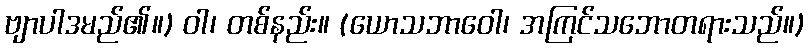
ဗျာပါဒမည်၏။) ဝါ၊ တစ်နည်း။ (ယောသဘာဝေါ၊ အကြင်သဘောတရားသည်။)